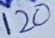
Text: 120